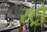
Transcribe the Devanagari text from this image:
स्ट्रो